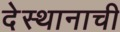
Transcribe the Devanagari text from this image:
देस्थानाची